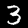
Label: 3